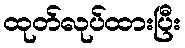
ထုတ်လုပ်ထားပြီး